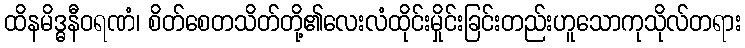
ထိနမိဒ္ဓနီဝရဏံ၊ စိတ်စေတသိတ်တို့၏လေးလံထိုင်းမှိုင်းခြင်းတည်းဟူသောကုသိုလ်တရား